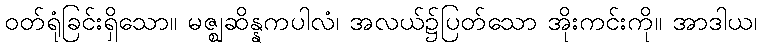
ဝတ်ရုံခြင်းရှိသော။ မဇ္ဈဆိန္နကပါလံ၊ အလယ်၌ပြတ်သော အိုးကင်းကို။ အာဒါယ၊